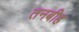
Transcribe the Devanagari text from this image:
तनबीह